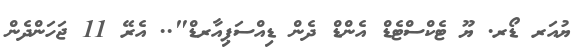
ޔުއަރ ޑޯރ. ޔޫ ޓެކްސްޓެޑް އެންޑް ދެން ޑިއްސަޕިއާރޑް".. އެރޭ 11 ޖަހަންދެން